Annual administration and progress report of the Indian Medical Department, Bombay
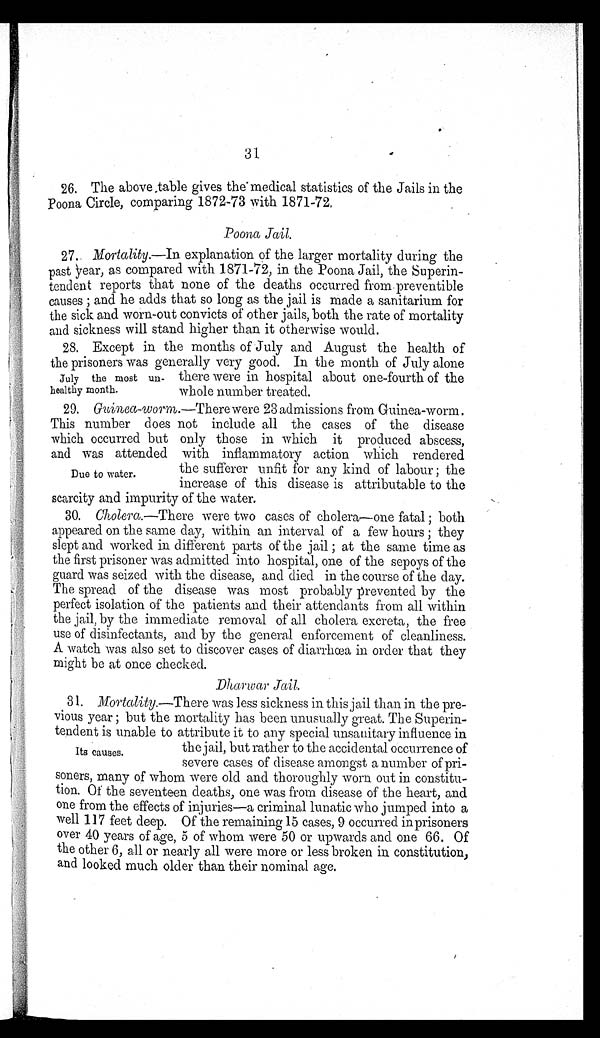
31
26. The above table gives the medical statistics of the Jails in the
Poona Circle, comparing 1872-73 with 1871-72.
Poona Jail.
27. Mortality.—In explanation of the larger mortality during the
past year, as compared with 1871-72, in the Poona Jail, the Superin
-
tendent reports that none of the deaths occurred from preventible
c a u s e s ; a n d h e a d d s t h a t s o l o n g a s t h e j a i l i s m a d e a s a n i t a r i u m f o r
the sick and worn-out convicts of other jails, both the rate of mortality
and sickness will stand higher than it otherwise would.
28. Except in the months of July and August the health of
the prisoners was generally very good. In the month of July alone
there were in hospital about one-fourth of the
whole number treated.
29.
Guinea-worm. —There were 23 admissions from Guinea-worm.
This number does not include all the cases of the disease
which occurred but only those in which it produced abscess,
and was attended with inflammatory action which rendered
the sufferer unfit for any kind of labour; the
increase of this disease is attributable to the
scarcity and impurity of the water.
30. Cholera.—There were two cases of cholera—one fatal; both
appeared on the same day, within an interval of a few hours; they
slept and worked in different parts of the jail; at the same time as
the first prisoner was admitted into hospital, one of the sepoys of the
guard was seized with the disease, and died in the course of the day.
The spread of the disease was most probably prevented by the
perfect isolation of the patients and their attendants from all within
the jail, by the immediate removal of all cholera excreta, the free
use of disinfectants, and by the general enforcement of cleanliness.
A watch was also set to discover cases of diarrhœa in order that they
might be at once checked.
Dharwar Jail.
31. Mortality .—There was less sickness in this jail than in the pre
-
vious year; but the mortality has been unusually great. The Superin
-
tendent is unable to attribute it to any special unsanitary influence in
the jail, but rather to the accidental occurrence of
severe cases of disease amongst a number of pri
-
soners, many of whom were old and thoroughly worn out in constitu-
tion. Of the seventeen deaths, one was from disease of the heart, and
one from the effects of injuries—a criminal lunatic who jumped into a
well 117 feet deep. Of the remaining 15 cases, 9 occurred in prisoners
over 40 years of age, 5 of whom were 50 or upwards and one 66. Of
the other 6, all or nearly all were more or less broken in constitution,
and looked much older than their nominal age.
July the most un
-healthy month.
Due to water.
Its causes.